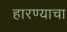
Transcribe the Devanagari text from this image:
हारण्याचा